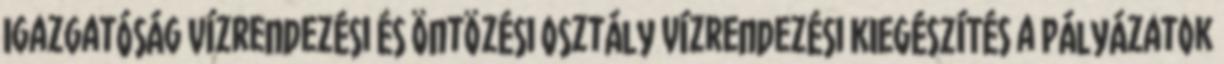
Igazgatóság Vízrendezési és Öntözési Osztály vízrendezési KIEGÉSZÍTÉS a Pályázatok